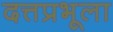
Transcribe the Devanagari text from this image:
दत्तप्रभूला